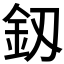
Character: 釼